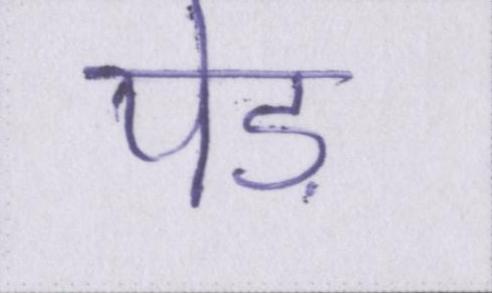
पेड़